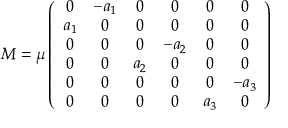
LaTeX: M = \mu \left( \begin{array} { c c c c c c } { { 0 } } & { { - a _ { 1 } } } & { { 0 } } & { { 0 } } & { { 0 } } & { { 0 } } \\ { { a _ { 1 } } } & { { 0 } } & { { 0 } } & { { 0 } } & { { 0 } } & { { 0 } } \\ { { 0 } } & { { 0 } } & { { 0 } } & { { - a _ { 2 } } } & { { 0 } } & { { 0 } } \\ { { 0 } } & { { 0 } } & { { a _ { 2 } } } & { { 0 } } & { { 0 } } & { { 0 } } \\ { { 0 } } & { { 0 } } & { { 0 } } & { { 0 } } & { { 0 } } & { { - a _ { 3 } } } \\ { { 0 } } & { { 0 } } & { { 0 } } & { { 0 } } & { { a _ { 3 } } } & { { 0 } } \end{array} \right)